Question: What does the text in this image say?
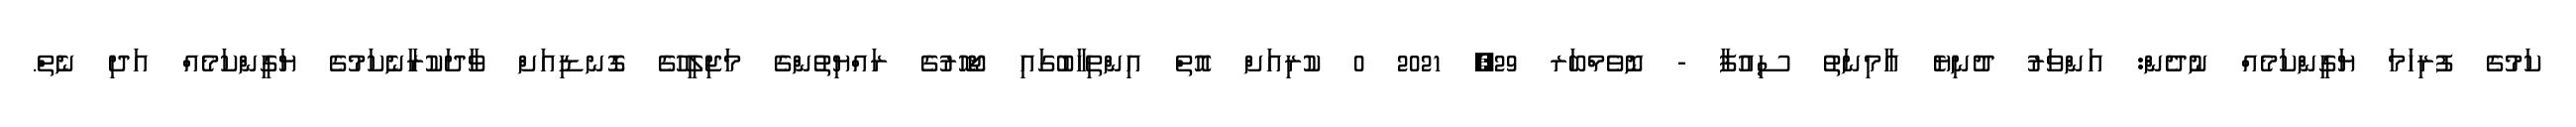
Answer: ކަމުގެ ފުރިހަމަ ޔަގީންކަމެއް ނުދެން: އަންވަރު ދުނިޔެ އާމިނަތު ސިއުފާ - ނޮވެމްބަރ 29, 2021 0 ކުރިއަށް އޮތް އިންތިހާބުގައި ޖޯހޮރުގެ ރައްޔިތުންގެ މަޖިލީހުގެ ގޮނޑިއަށް ވާދަކުރާނެކަމުގެ ޔަގީންކަމެއް އަދި ނެތް.